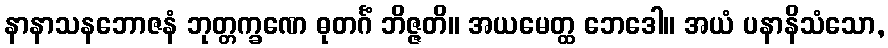
နာနာသနဘောဇနံ ဘုတ္တက္ခဏေ ဓုတင်္ဂံ ဘိဇ္ဇတိ။ အယမေတ္ထ ဘေဒေါ။ အယံ ပနာနိသံသော,